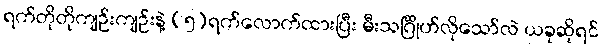
ရက်တိုတိုကျဉ်းကျဉ်းနဲ့ (၅)ရက်လောက်ထားပြီး မီးသင်္ဂြိုဟ်လိုသော်လဲ ယခုဆိုရင်